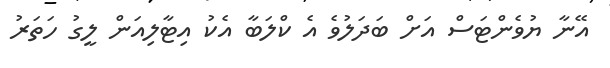
އޭނާ ޔުވެންޓަސް އަށް ބަދަލުވެ އެ ކްލަބާ އެކު އިޓާލިއަން ލީގު ހަތަރު